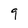
Character: q